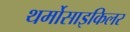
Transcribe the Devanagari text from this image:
थर्मोसाइकिलर